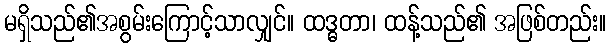
မရှိသည်၏အစွမ်းကြောင့်သာလျှင်။ ထဒ္ဓတာ၊ ထန့်သည်၏ အဖြစ်တည်း။